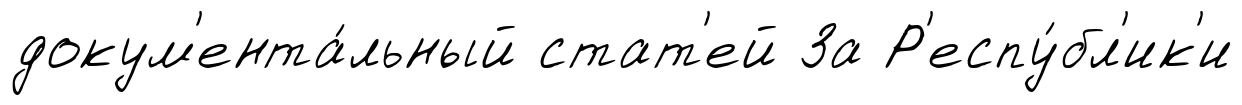
докум'ента́льный стат'ей За Р'еспу́бл'ик'и